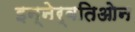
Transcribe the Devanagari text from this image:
इन्नेर्वतिओन